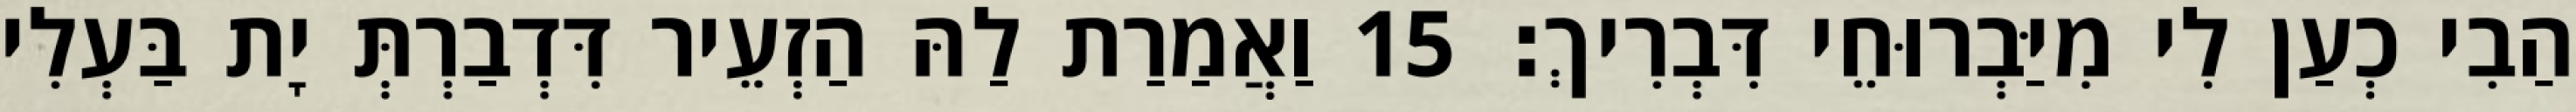
הַבִי כְעַן לִי מִיַּבְרוּחֵי דִּבְרִיךְ׃ 15 וַאֲמַרַת לַהּ הַזְעֵיר דִּדְבַרְתְּ יָת בַּעְלִי